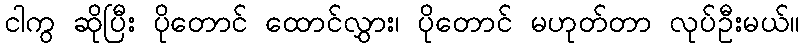
ငါကွ ဆိုပြီး ပိုတောင် ထောင်လွှား၊ ပိုတောင် မဟုတ်တာ လုပ်ဦးမယ်။